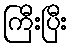
ကြီးပြီး